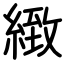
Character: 緻